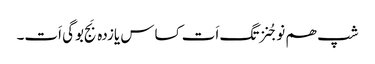
شپ ھم نوجُنزتگ اَت کساس یازدہ بَج بوگی اَت۔